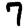
Digit: 7